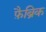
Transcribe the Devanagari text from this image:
फ़ैब्रिक